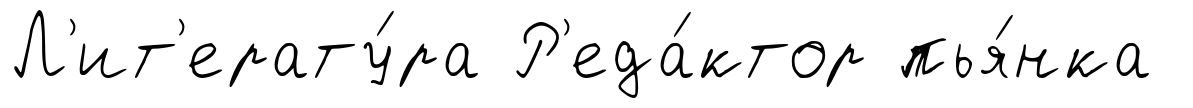
Л'ит'ерату́ра Р'еда́ктор пья́нка